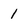
Character: 1